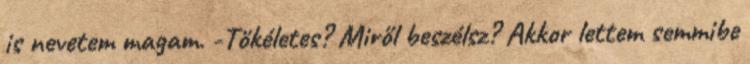
is nevetem magam. -Tökéletes? Miről beszélsz? Akkor lettem semmibe